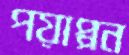
পয়াপ্পন